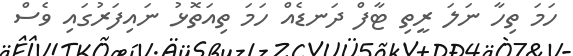
ހަމަ ތިހާ ނަލަ ރީތި ޓާފް ދަނޑެއް ހަމަ ތިއަތޮޅު ނައިފަރުގައި ވެސް